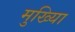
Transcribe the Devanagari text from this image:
मुख्यिा